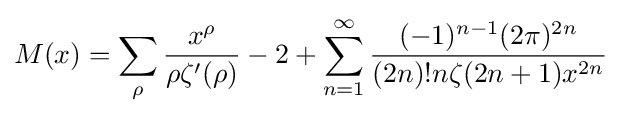
M(x)=\sum _{\rho }{\frac {x^{\rho }}{\rho \zeta '(\rho )}}-2+\sum _{n=1}^{\infty }{\frac {(-1)^{n-1}(2\pi )^{2n}}{(2n)!n\zeta (2n+1)x^{2n}}}